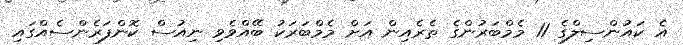
އެ ކައުންސިލްގެ 11 މެމްބަރުންގެ ތެރެއިން އަށް މެމްބަރަކު ބޭއްވެވި ނިއުސް ކޮންފަރެންސެއްގައި